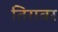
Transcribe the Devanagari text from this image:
तिरावर